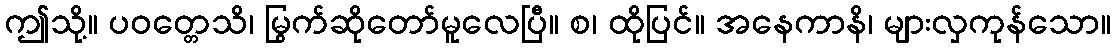
ဤသို့။ ပဝတ္တေသိ၊ မြွက်ဆိုတော်မူလေပြီ။ စ၊ ထိုပြင်။ အနေကာနိ၊ များလှကုန်သော။